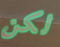
لكن